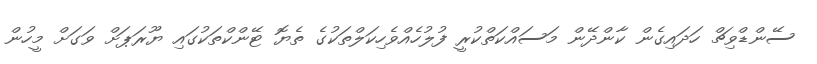
ސޭންޑްވިޗް ހަދައިގެން ކާންދޭން މަސައްކަތްކުރީ ފުލުހެއްވެހިކަލްތަކުގެ ތެޔޮ ޓޭންކްތަކުގައި ޔޫރަޕަށް ވަގަށް މީހުން